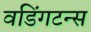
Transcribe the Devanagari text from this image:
वडिंगटन्स